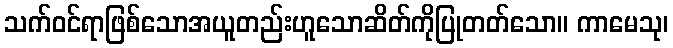
သက်ဝင်ရာဖြစ်သောအယူတည်းဟူသောဆိတ်ကိုပြုတတ်သော။ ကာမေသု၊